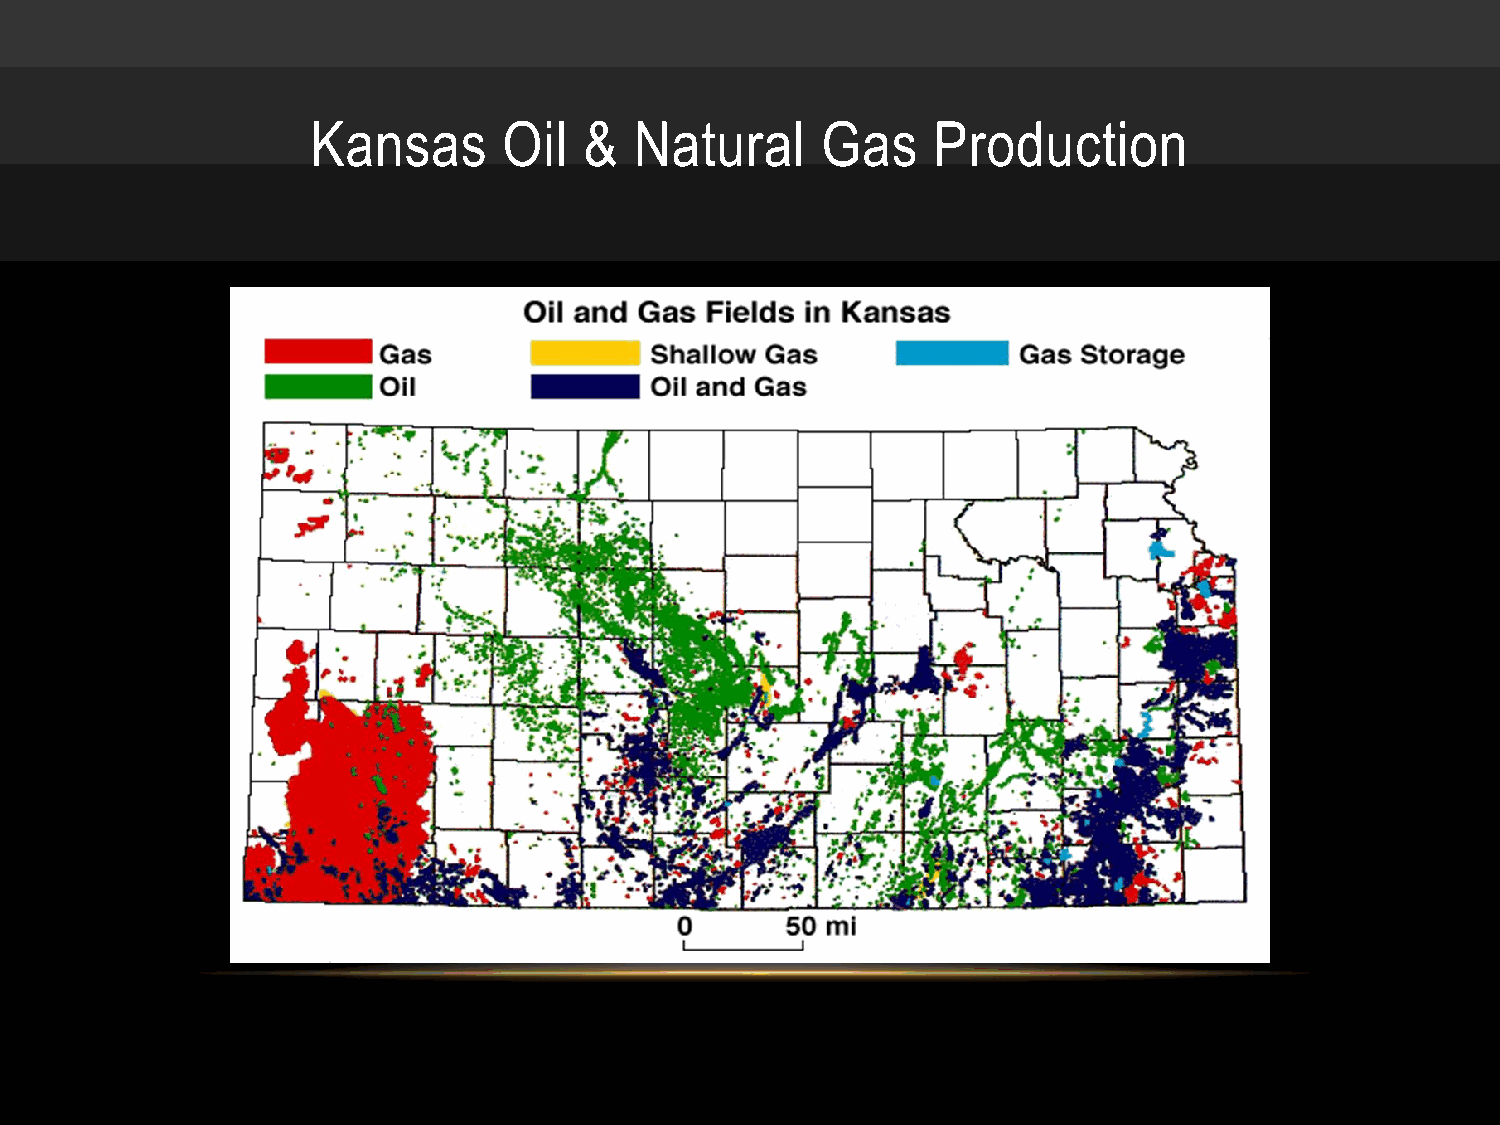
Kansas      Oil   &  Natural     Gas     Production